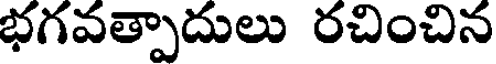
భగవత్పాదులు రచించిన